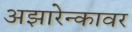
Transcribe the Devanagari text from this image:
अझारेन्कावर